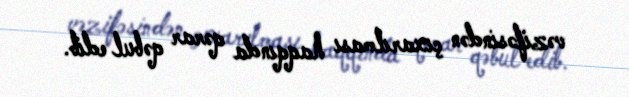
vəzifəsindən çıxarılması haqqında qərar qəbul edib.